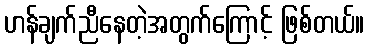
ဟန်ချက်ညီနေတဲ့အတွက်ကြောင့် ဖြစ်တယ်။